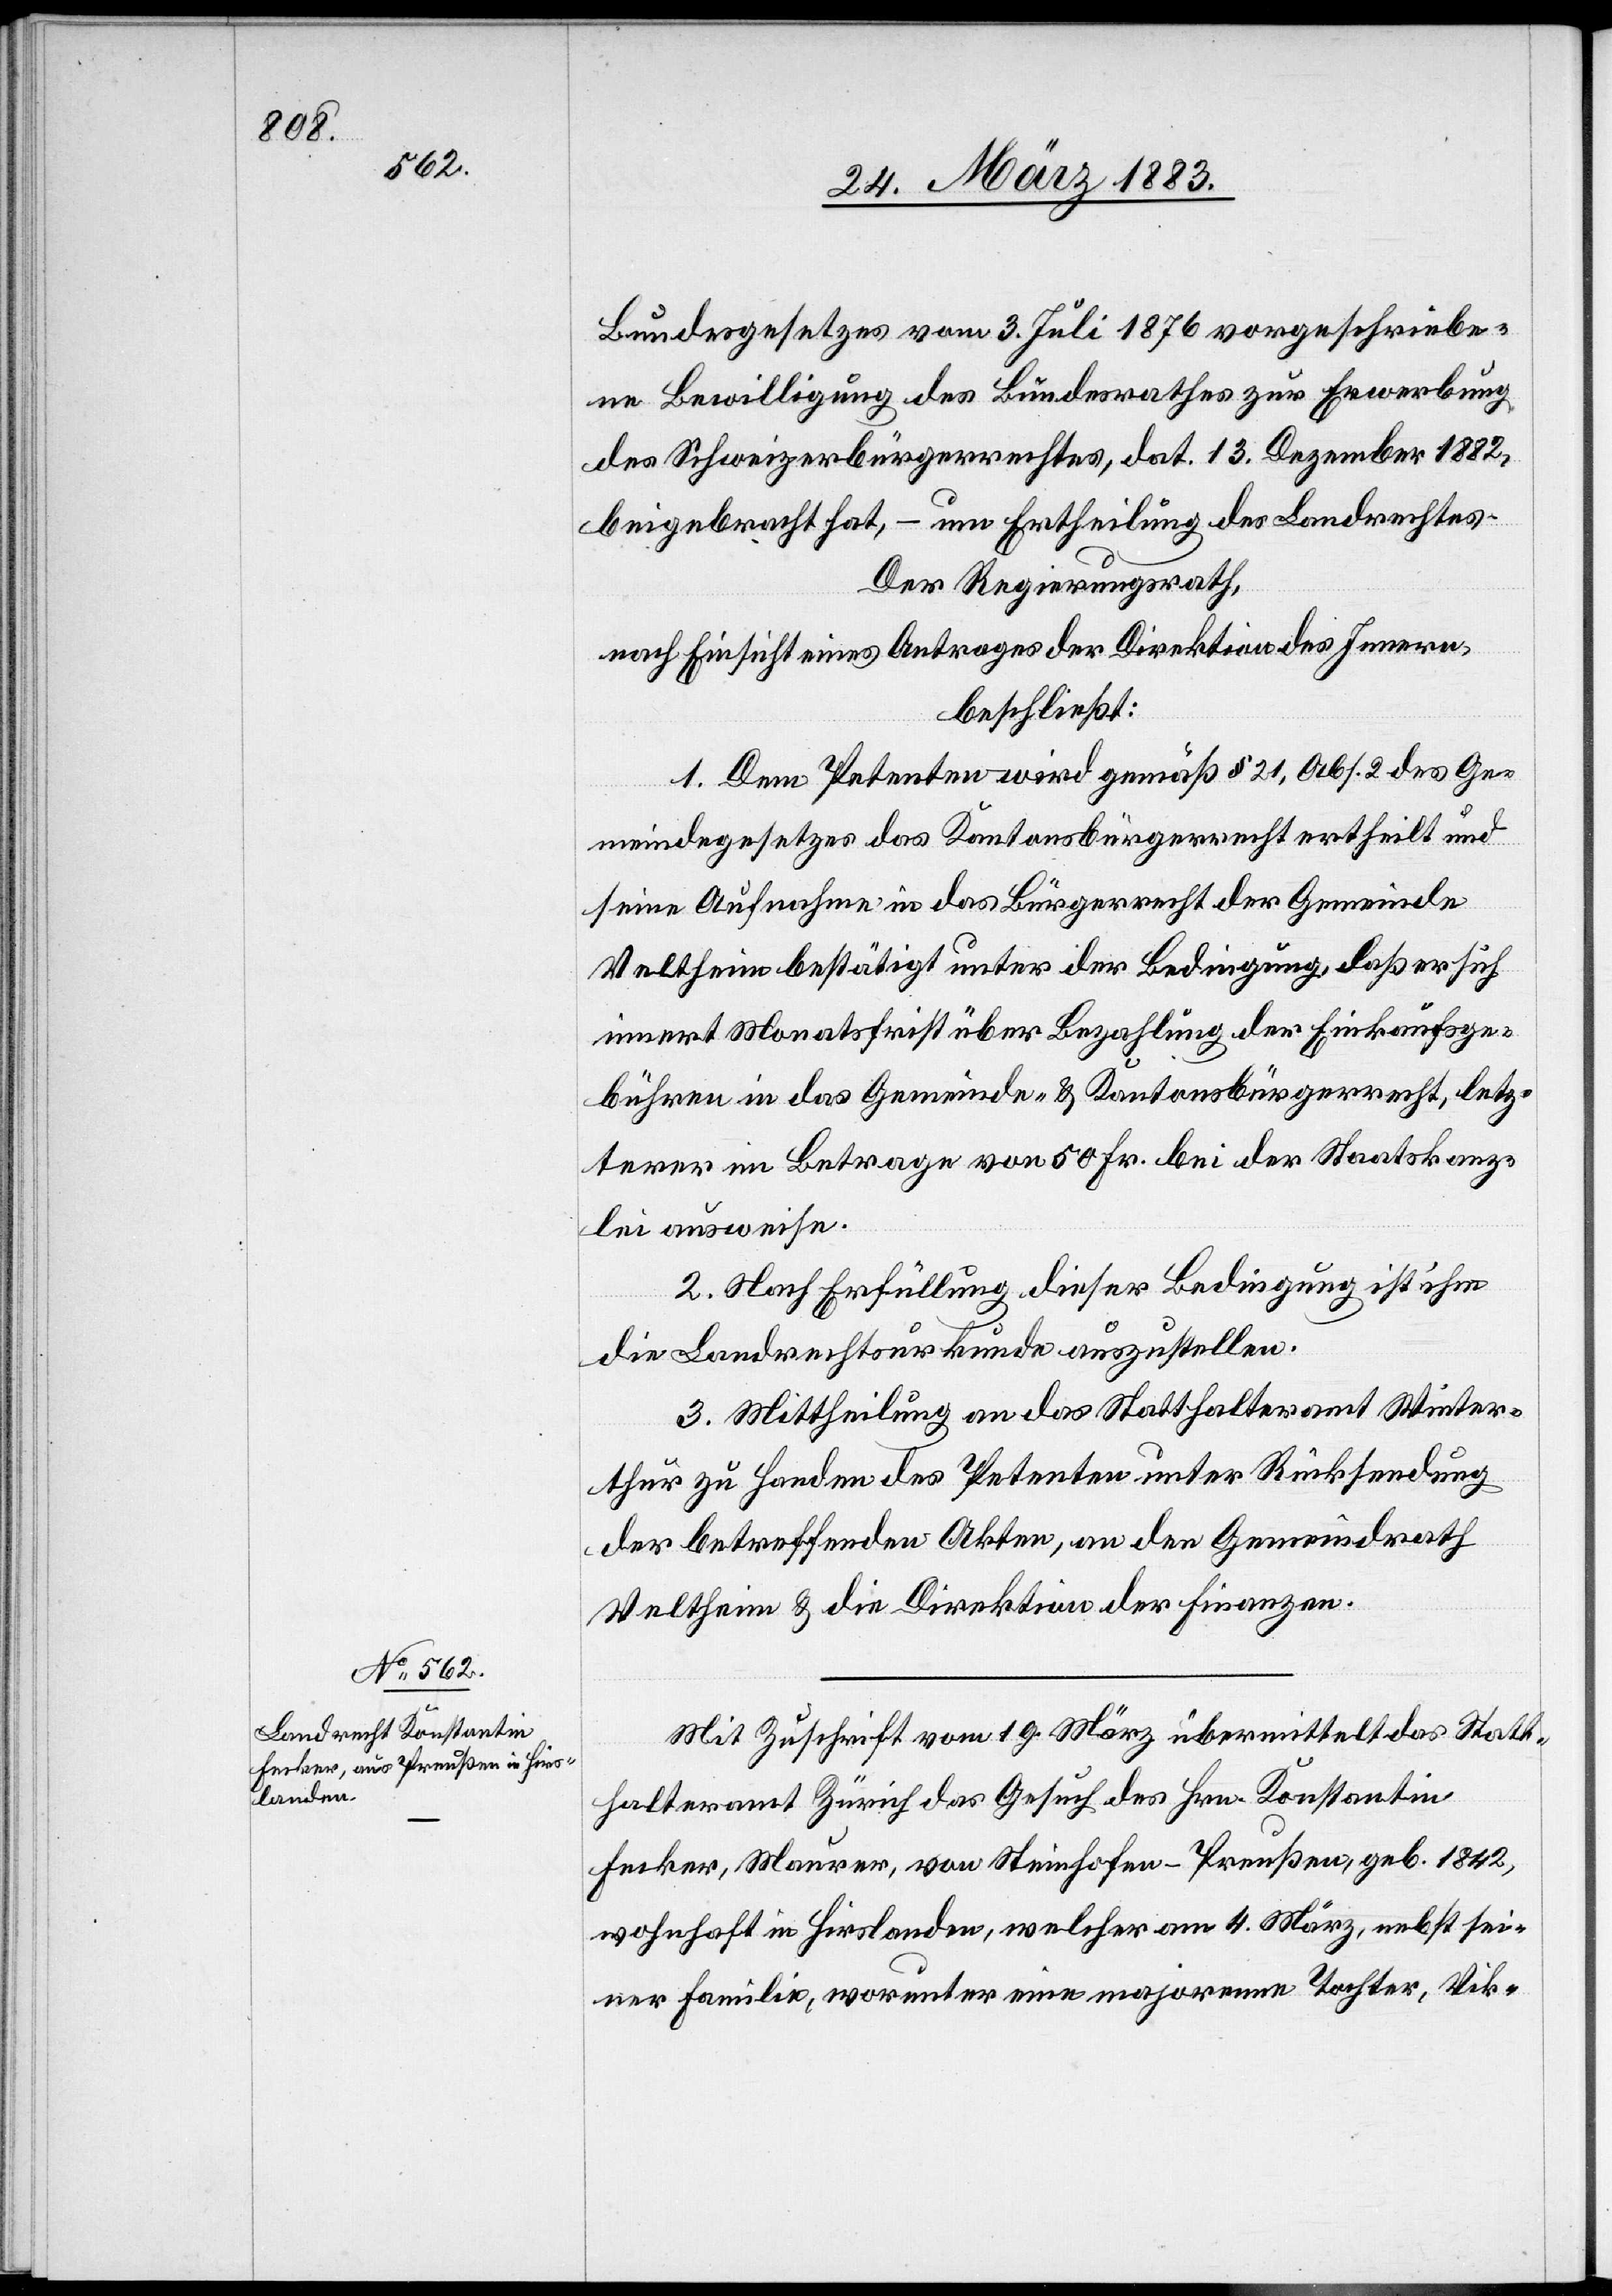
Bundesgesetzes vom 3. Juli 1876 vorgeschriebe¬
ne Bewilligung des Bundesrathes zur Erwerbung
des Schweizerbürgerrechtes, dat. 13. Dezember 1882,
beigebracht hat, – um Ertheilung des Landrechtes.
Der Regierungsrath,
nach Einsicht eines Antrages der Direktion des Innern,
beschließt:
1. Dem Petenten wird gemäß § 21, Abs. 2 des Ge¬
meindegesetzes das Kantonsbürgerrecht ertheilt &
seine Aufnahme in das Bürgerrecht der Gemeinde
Veltheim bestätigt unter der Bedingung, daß er sich
innert Monatsfrist über Bezahlung der Einkaufsge¬
bühren in das Gemeinde- & Kantonsbürgerrecht, letz¬
terer im Betrage von 50 Fr. bei der Staatskanz¬
lei ausweise.
2. Nach Erfüllung dieser Bedingung ist ihm
die Landrechtsurkunde auszustellen.
3. Mittheilung an das Statthalteramt Winter¬
thur zu Handen des Petenten unter Rücksendung
der betreffenden Akten, an den Gemeindrath
Veltheim & an die Direktion der Finanzen.
Mit Zuschrift vom 19. März übermittelt das Statt¬
halteramt Zürich das Gesuch des Hrn. Konstantin
Fecker, Maurer, von Steinhofen - Preußen, geb. 1842,
wohnhaft in Hirslanden, welcher am 4. März, nebst sei¬
ner Familie, worunter eine majorenne Tochter, Vik-